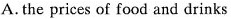
A. the prices of food and drinks